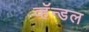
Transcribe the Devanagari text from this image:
व्हॅन्डल